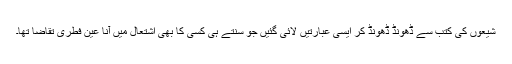
شیعوں کی کتب سے ڈھونڈ ڈھونڈ کر ایسی عبارتیں لائی گئیں جو سنتے ہی کسی کا بھی اشتعال میں آنا عین فطری تقاضا تھا۔